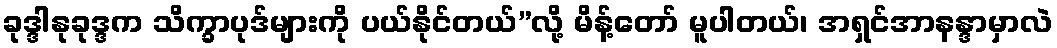
ခုဒ္ဒါနုခုဒ္ဒက သိက္ခာပုဒ်များကို ပယ်နိုင်တယ်”လို့ မိန့်တော် မူပါတယ်၊ အရှင်အာနန္ဒာမှာလဲ